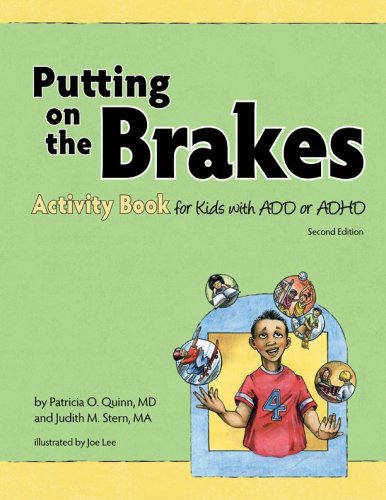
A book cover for Putting on the Brakes Activity Book for Kids with Add or ADHD; Patricia O. Quinn; Health, Fitness & Dieting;